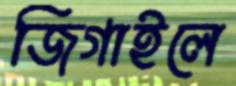
জিগাইলে